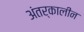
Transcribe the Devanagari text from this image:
अंतर्कालीन